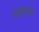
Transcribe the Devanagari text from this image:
एड्स्गर